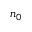
n _ { 0 }